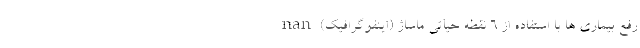
رفع بیماری ها با استفاده از ۶ نقطه حیاتی ماساژ (اینفوگرافیک) nan